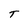
Character: T